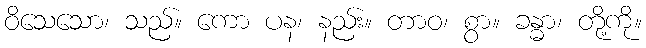
ဝိသေသော၊ သည်။ ကော ပန၊ နည်း။ တာဝ၊ စွာ။ ခန္ဓာ၊ တို့ကို။